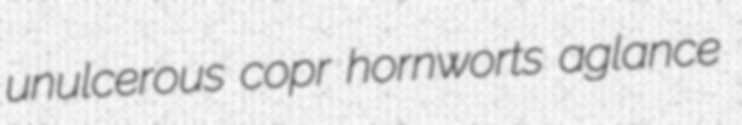
unulcerous copr hornworts aglance